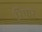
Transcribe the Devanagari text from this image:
रिफर